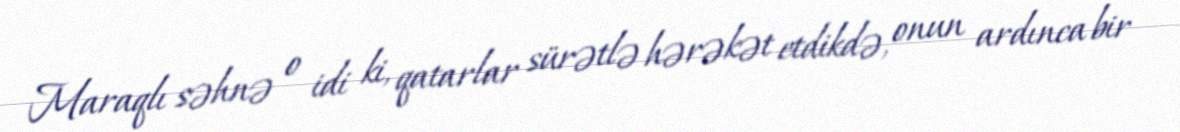
Maraqlı səhnə o idi ki, qatarlar sürətlə hərəkət etdikdə, onun ardınca bir